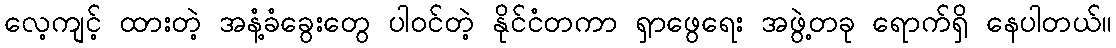
လေ့ကျင့် ထားတဲ့ အနံ့ခံခွေးတွေ ပါဝင်တဲ့ နိုင်ငံတကာ ရှာဖွေရေး အဖွဲ့တခု ရောက်ရှိ နေပါတယ်။